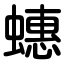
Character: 蟪